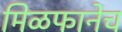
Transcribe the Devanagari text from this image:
मिळफानेच